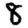
Digit: 8